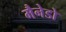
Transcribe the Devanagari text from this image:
मैनेडो